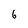
Character: 6